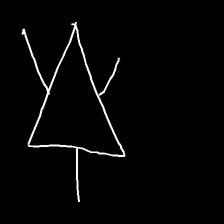
Glyph: fire